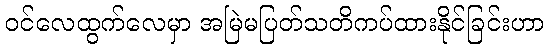
ဝင်လေထွက်လေမှာ အမြဲမပြတ်သတိကပ်ထားနိုင်ခြင်းဟာ